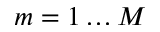
m = 1 \dots M